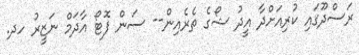
ރަސްދޫގައި ކުރިއަށްދާ އީދު ޝޯގެ ތެރެއިން-- ސަން ފޮޓޯ އާދަމް ނަޒީރު ހދ.